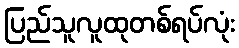
ပြည်သူလူထုတစ်ရပ်လုံး